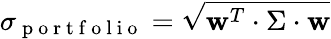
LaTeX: \sigma_{\mathrm{~p~o~r~t~f~o~l~i~o~}}=\sqrt{\mathbf{w}^{T}\cdot\Sigma\cdot\mathbf{w}}